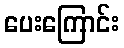
ပေးကြောင်း